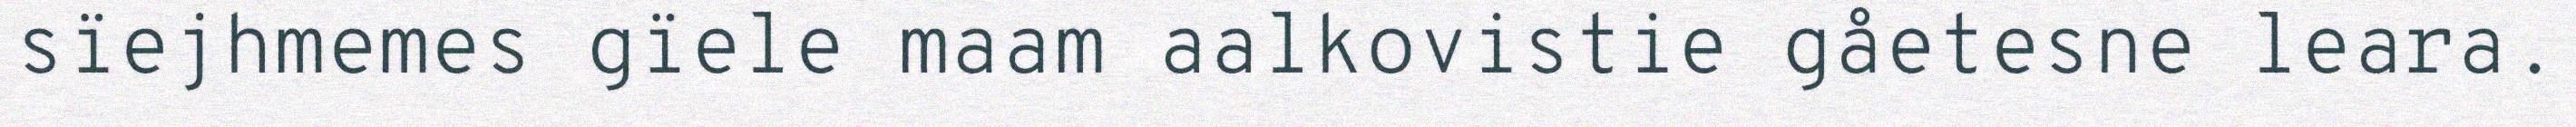
sïejhmemes gïele maam aalkovistie gåetesne leara.